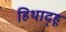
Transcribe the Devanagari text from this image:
हिथाद्हू